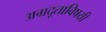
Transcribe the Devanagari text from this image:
अग्रदूताविषयी